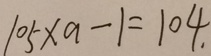
1 0 5 \times a - 1 = 1 0 4 .